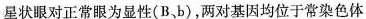
星状眼对正常眼为显性(B b)，两对基因均位于常染色体